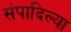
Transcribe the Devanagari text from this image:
संपादिल्या